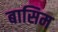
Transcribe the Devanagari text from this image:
बासिम